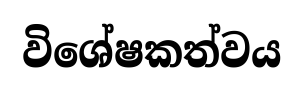
විශේෂකත්වය